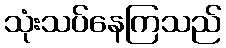
သုံးသပ်နေကြသည်